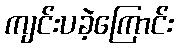
ကျင်းပခဲ့ကြောင်း